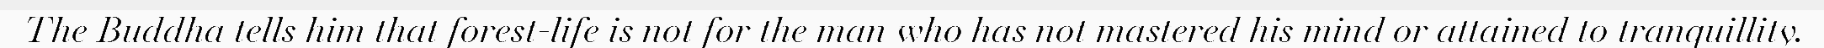
The Buddha tells him that forest-life is not for the man who has not mastered his mind or attained to tranquillity.